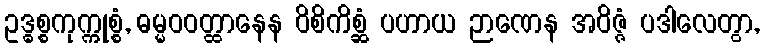
ဥဒ္ဓစ္စကုက္ကုစ္စံ, ဓမ္မဝဝတ္ထာနေန ဝိစိကိစ္ဆံ ပဟာယ ဉာဏေန အဝိဇ္ဇံ ပဒါလေတွာ,